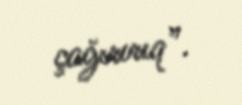
çağırırıq”.